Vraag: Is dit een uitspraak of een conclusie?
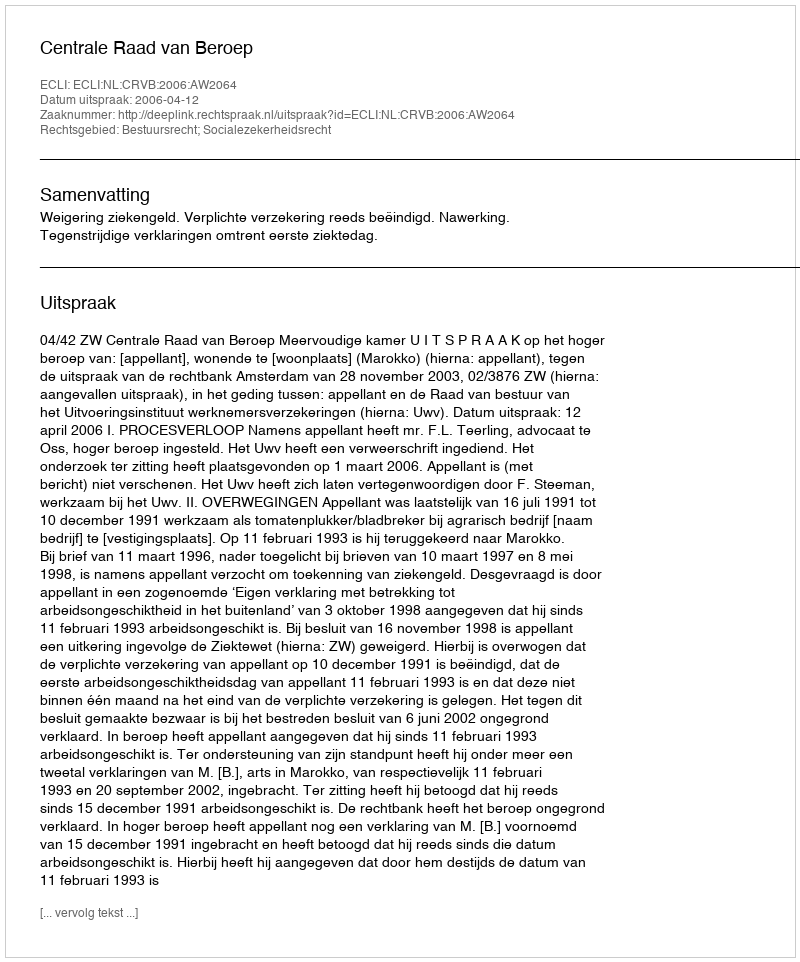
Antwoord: Uitspraak